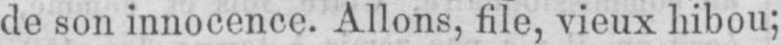
de son innocence. Allons, file, vieux hibou;